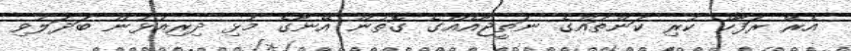
އެރޭ ރަފާހް ކުރި ކަންތައްގެ ނަތީޖާއެއްގެ ގޮތުން އޭނާގެ މުޅި ދިރިއުޅުން ބަދަލުވި